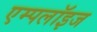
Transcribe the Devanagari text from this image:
एम्पलॉइज